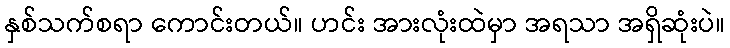
နှစ်သက်စရာ ကောင်းတယ်။ ဟင်း အားလုံးထဲမှာ အရသာ အရှိဆုံးပဲ။